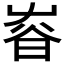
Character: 𡴜